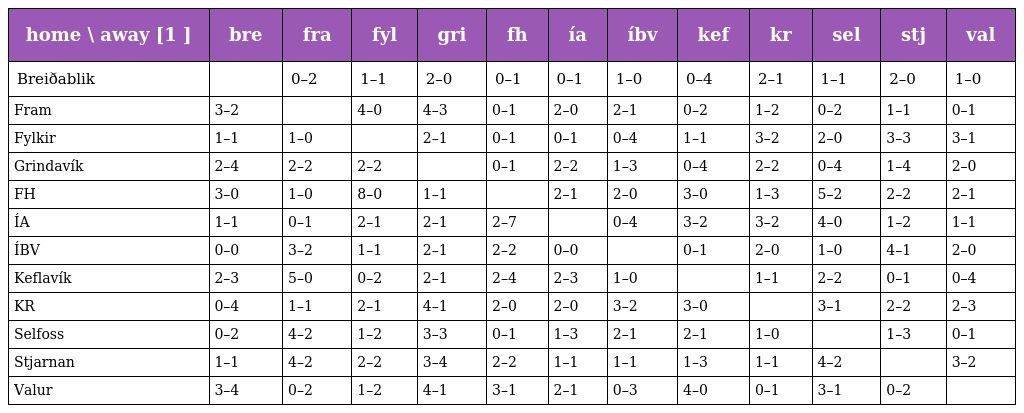
| home \ away [1 ] | bre | fra | fyl | gri | fh | ía | íbv | kef | kr | sel | stj | val |
 | --- | --- | --- | --- | --- | --- | --- | --- | --- | --- | --- | --- | --- |
 | Breiðablik |  | 0–2 | 1–1 | 2–0 | 0–1 | 0–1 | 1–0 | 0–4 | 2–1 | 1–1 | 2–0 | 1–0 |
 | Fram | 3–2 |  | 4–0 | 4–3 | 0–1 | 2–0 | 2–1 | 0–2 | 1–2 | 0–2 | 1–1 | 0–1 |
 | Fylkir | 1–1 | 1–0 |  | 2–1 | 0–1 | 0–1 | 0–4 | 1–1 | 3–2 | 2–0 | 3–3 | 3–1 |
 | Grindavík | 2–4 | 2–2 | 2–2 |  | 0–1 | 2–2 | 1–3 | 0–4 | 2–2 | 0–4 | 1–4 | 2–0 |
 | FH | 3–0 | 1–0 | 8–0 | 1–1 |  | 2–1 | 2–0 | 3–0 | 1–3 | 5–2 | 2–2 | 2–1 |
 | ÍA | 1–1 | 0–1 | 2–1 | 2–1 | 2–7 |  | 0–4 | 3–2 | 3–2 | 4–0 | 1–2 | 1–1 |
 | ÍBV | 0–0 | 3–2 | 1–1 | 2–1 | 2–2 | 0–0 |  | 0–1 | 2–0 | 1–0 | 4–1 | 2–0 |
 | Keflavík | 2–3 | 5–0 | 0–2 | 2–1 | 2–4 | 2–3 | 1–0 |  | 1–1 | 2–2 | 0–1 | 0–4 |
 | KR | 0–4 | 1–1 | 2–1 | 4–1 | 2–0 | 2–0 | 3–2 | 3–0 |  | 3–1 | 2–2 | 2–3 |
 | Selfoss | 0–2 | 4–2 | 1–2 | 3–3 | 0–1 | 1–3 | 2–1 | 2–1 | 1–0 |  | 1–3 | 0–1 |
 | Stjarnan | 1–1 | 4–2 | 2–2 | 3–4 | 2–2 | 1–1 | 1–1 | 1–3 | 1–1 | 4–2 |  | 3–2 |
 | Valur | 3–4 | 0–2 | 1–2 | 4–1 | 3–1 | 2–1 | 0–3 | 4–0 | 0–1 | 3–1 | 0–2 |  |